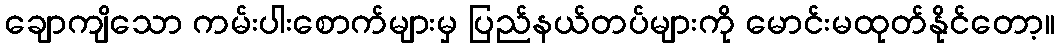
ချောကျိသော ကမ်းပါးစောက်များမှ ပြည်နယ်တပ်များကို မောင်းမထုတ်နိုင်တော့။